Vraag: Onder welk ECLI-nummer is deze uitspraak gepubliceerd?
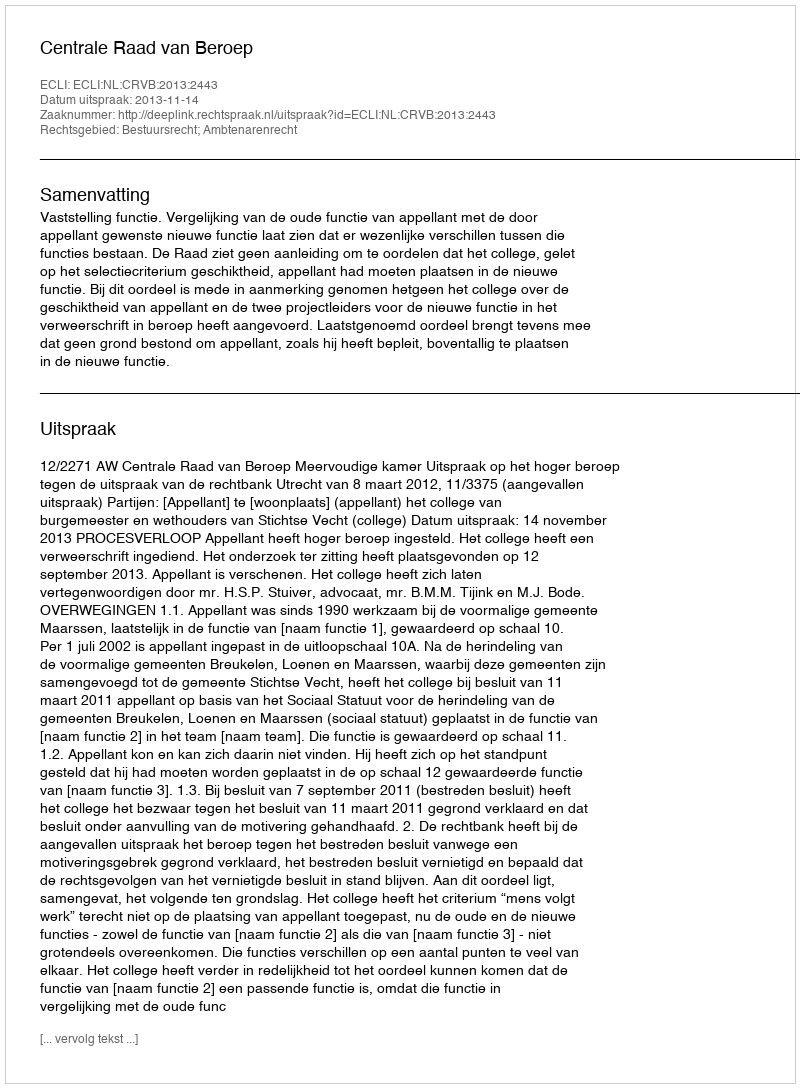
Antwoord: ECLI:NL:CRVB:2013:2443